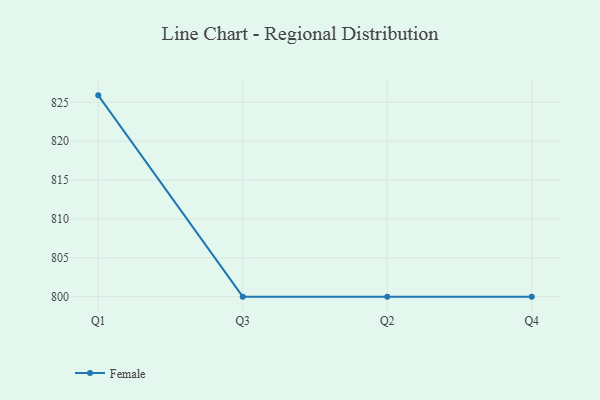
{"axis": {"x": "Quarter", "y": "Production Output"}, "legend": ["Female"], "data": [{"x": "Q1", "y": 825.9, "type": "Female"}, {"x": "Q3", "y": 800, "type": "Female"}, {"x": "Q2", "y": 800, "type": "Female"}, {"x": "Q4", "y": 800, "type": "Female"}]}